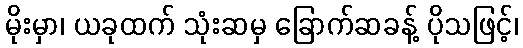
မိုးမှာ၊ ယခုထက် သုံးဆမှ ခြောက်ဆခန့် ပိုသဖြင့်၊